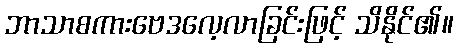
ဘာသာစကားဗေဒလေ့လာခြင်းဖြင့် သိနိုင်၏။